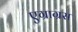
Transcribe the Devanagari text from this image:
एग्राग्रस